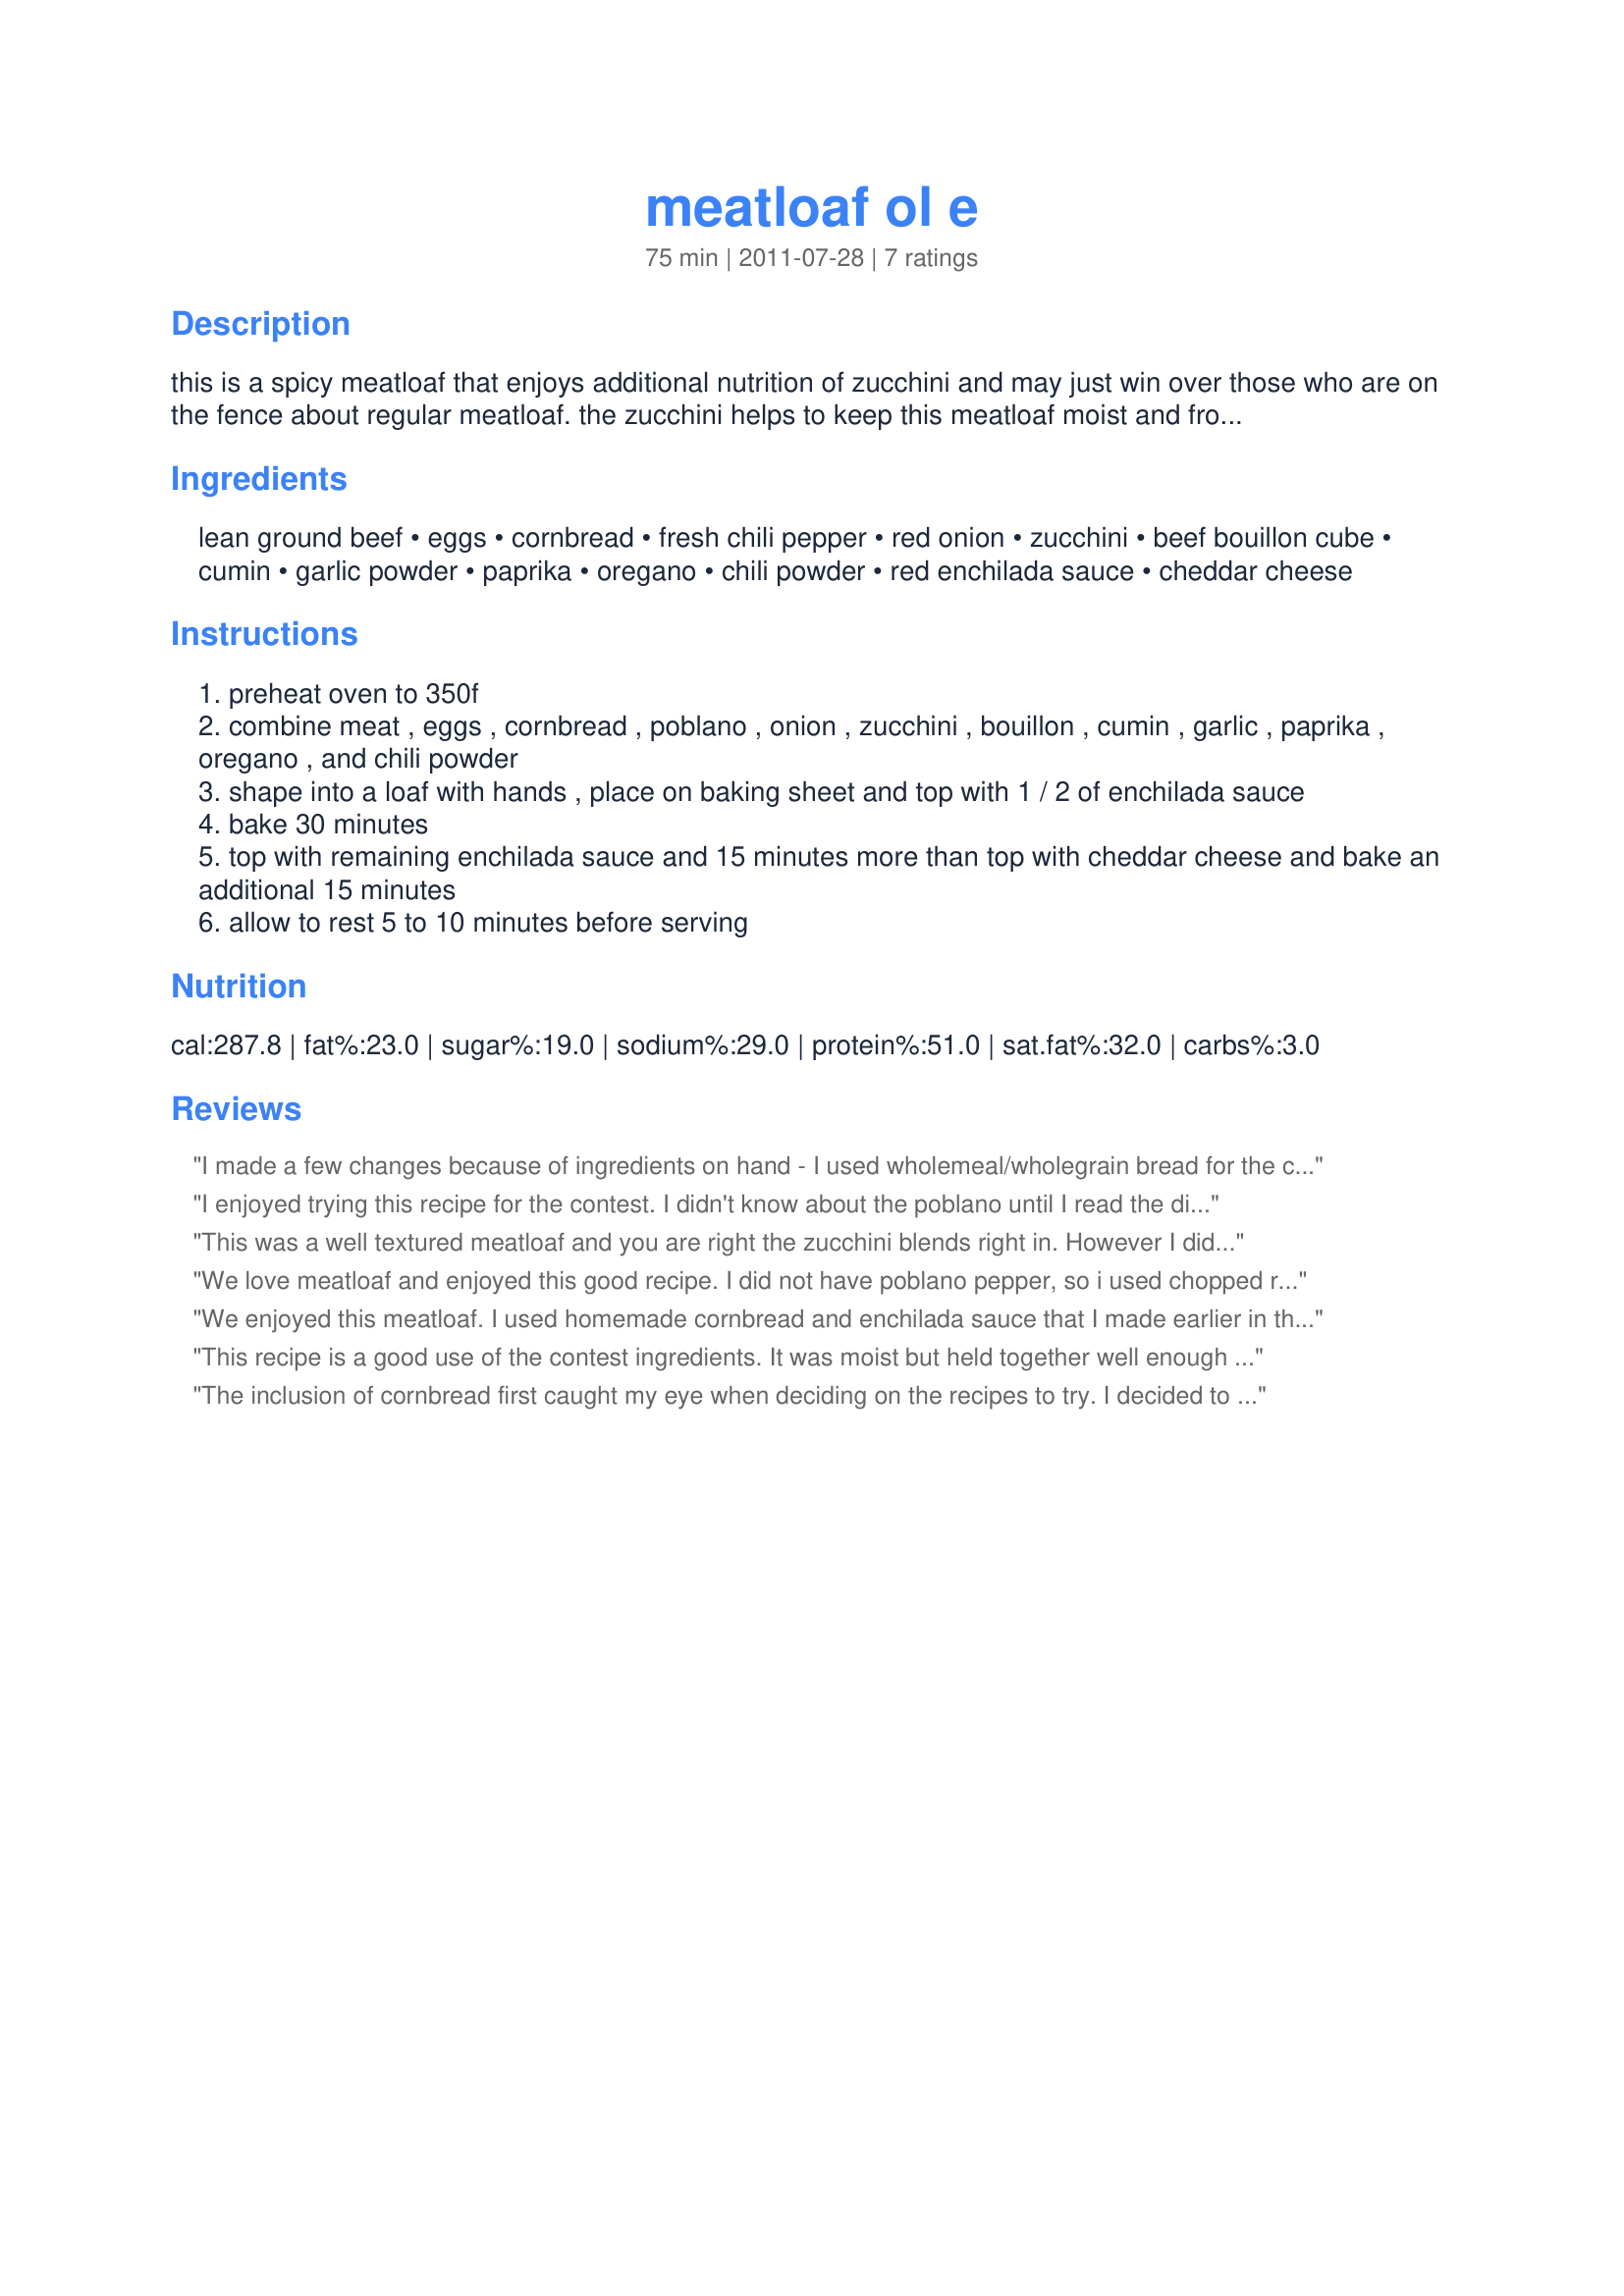
meatloaf ol e
Preparation time: 75 minutes

this is a spicy meatloaf that enjoys additional nutrition of zucchini and may just win over those who are on the fence about regular meatloaf. the zucchini helps to keep this meatloaf moist and from packing too tightly. the cook time does not include the rest time. *must mince onion and chili pepper as they are not pre-cooked.

Ingredients:
lean ground beef, eggs, cornbread, fresh chili pepper, red onion, zucchini, beef bouillon cube, cumin, garlic powder, paprika, oregano, chili powder, red enchilada sauce, cheddar cheese

Steps:
preheat oven to 350f
combine meat , eggs , cornbread , poblano , onion , zucchini , bouillon , cumin , garlic , paprika , oregano , and chili powder
shape into a loaf with hands , place on baking sheet and top with 1 / 2 of enchilada sauce
bake 30 minutes
top with remaining enchilada sauce and 15 minutes more than top with cheddar cheese and bake an additional 15 minutes
allow to rest 5 to 10 minutes before serving

Reviews:
I made a few changes because of ingredients on hand - I used wholemeal/wholegrain bread for the cornbread and a small red chilli (deseeded and finely sliced) for the poblano/chilli peppers and well I thought I had a jar of enchilada sauce in the back of the pantry but it was a chunky tomato salsa so I used than which toned down the heat and the DM (who does not like a lot of heat definately enjoyed). Made in a meatloaf pan which I had lined with aluminium foil which overlapped the edges and during the cooking process's drained of the fat and when serving was able to pull out of the tin. I did a six serve size (wanted left overs for sandwiches) but 3 of us managed to demoulish 3/4 of it. Thank you Debbwl, made for Everyday A Holiday.
I enjoyed trying this recipe for the contest. I didn't know about the poblano until I read the directions while making it (sometimes I'm smart enough to read them as I make my grocery list! ;)). I used a jalepeno in keeping with Mexican theme and not preferring habenero for heat preference. Although I will probably not make this again, I wish I hadn't "free formed" it on the baking sheet as I couldn't get a decent "rise" effect as it kept succumbing to gravity; therefore, I would have used a mold such as a loaf pan to shape it -- I might have used a whip, too! Just kidding! Good luck in the contest!
This was a well textured meatloaf and you are right the zucchini blends right in. However I did not taste the seasonings as much as I like to taste them. The texture was good, the flavor was there but not THERE so to speak. I think with more garlic and onion the flavors might come out more for my family. Personal tastes. The pepper from ingredient and direction did not match but I uses a poblano as I had one from the farmer market. My DH was not thrilled with the sauce on top and I will skip that step next time and leave on the side for individual dispersal .All in all a good meatloaf recipe for form and texture Good Luck chef. Made for Dining on a Dollar 2011.
We love meatloaf and enjoyed this good recipe. I did not have poblano pepper, so i used chopped red pimiento and added two chopped garlic cloves instead of the powder. I also added salsa and grated cheddar cheese on top instead of the red enchilada sauce and gave it an excellent flavor. Thanks for the recipe and good luck in the contest, Chef.
We enjoyed this meatloaf. I used homemade cornbread and enchilada sauce that I made earlier in the day. The cornbread was an interesting touch that we really liked. I used jalapeno because I didn't have poblano. I upped all the spices except the paprika and added a teaspoon of white pepper. I added the cheese to the meat mix instead of using it as a topping. I ended up with a tasty meatloaf that was easy to slice. The sauce didn't go over very well so I'll skip it next time. I had to bake it longer than stated, about 1 hour or so. Good luck in the contest.
This recipe is a good use of the contest ingredients. It was moist but held together well enough for easy cutting into slices. I was a little disappointed in the flavor and might double the seasonings. The recipe itself calls for 1 fresh chili pepper while the directions call for a poblano. Looking only at the ingredients list I used a seeded jalapeno. The poblano might have made the difference in flavor. It was necessary for me to bump up the heat to 375 degrees. A good recipe. Good luck in the contest.
The inclusion of cornbread first caught my eye when deciding on the recipes to try. I decided to make mini loaves and utilize the toaster oven. I used lean ground beef, a jalapeno, and Recipe #109685. I do have to say I didn't notice the specification for poblano until I was underway so added 1/4 cup of fine diced bell pepper. The meat mixture bakes up nicely & would slice well. Next time I will bump up the spices. I did like the enchilada & cheese topping. I think a sprinkle of cilantro might even be nice. Good luck in the contest!
